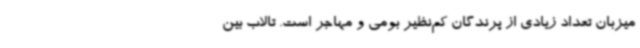
میزبان تعداد زیادی از پرندگان کم‌نظیر بومی و مهاجر است. تالاب بین